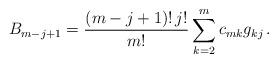
LaTeX: \begin{align*}B_{m-j+1} = \frac{(m-j+1)!\,j!}{m!} \sum_{k=2}^m c_{mk} g_{kj}\,.\end{align*}